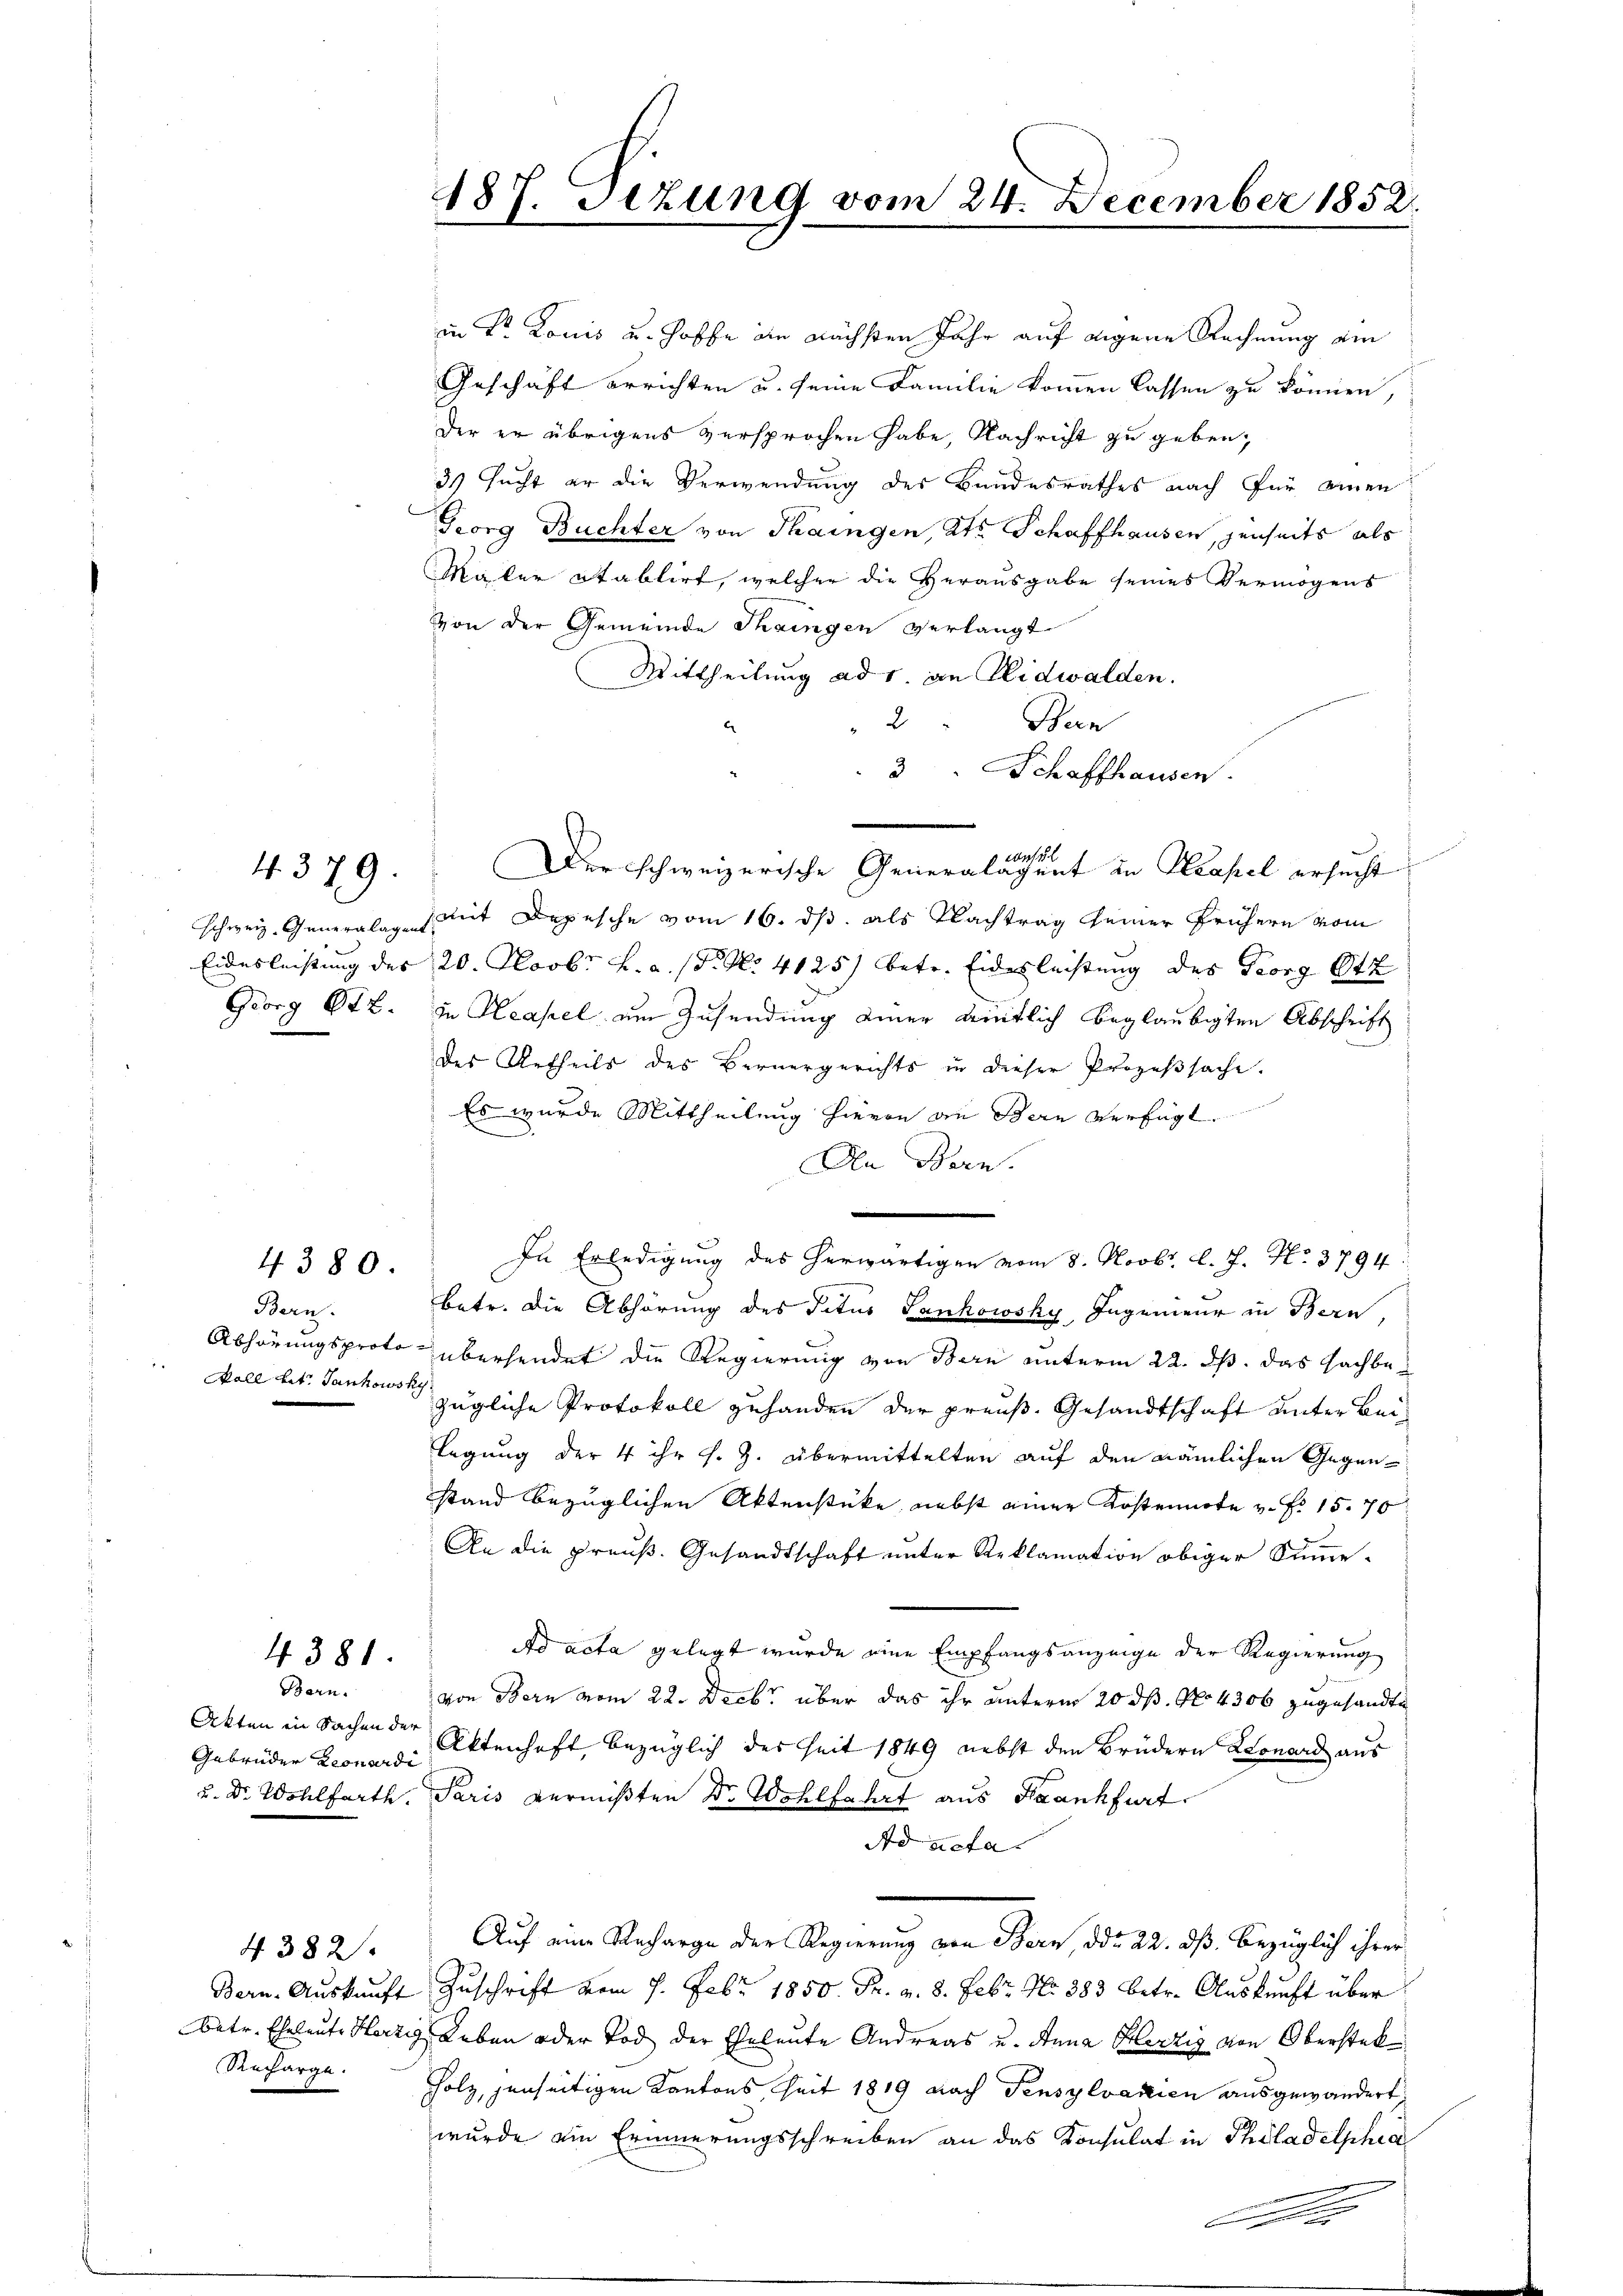
4. 379.

Eidesleistung des
Georg 672.

4380

4381.
Bern.

Gebrüder Leonardi
u. Dr. Wohlfarth.

Bern. Auskunft
Batr. Eheleute Herze

4. 382.

Bern.

487. Dezung vom 24. December 1852.

in Fr. Louis u. hoffe die nächsten Jahr auf eigene Rechnung ein
Geschäft errichten u. seine Familie kommen lassen zu können,
Der er übrigens versprochen habe, Nachricht zu geben,
3 sucht er die Verwendung des Bandesrathes nach für einen
Georg Buchter von Thaingen, Kts. Schaffhausen, jenseits als
Mater Stablirt, welcher die Herausgabe seines Vermögens
von der Gemeinde Thaingen verlangt
Mittheilung ad 1. an Nidwalden.
2
Bern
e
3 Schaffhausen.
Der schweizerische Generalächent in Decapel ersucht
schweiz. Generalagt mit Depesche vom 16. ds. als Nachtrag seiner frühern vom
20. Novbr. h. a. (N. N. 4125) betr. Eidesleistung des Georg Ot
in Neapel am Zusendung einer eintlich beglaubigten Abschrift
des Urtheils des Bernergerichts in dieser Prozeβsache.
Es wurde Mittheilung hievon an Bern verfügt.
An Bern.
betr. die Abhörung des datus Panhowsky, Ingenieur in Bern,
Abhörungsproto übersendet die Regierung von Bern unterm 22. ds. das Sachbe¬
Fall betr. Sankowschzügliche Protokoll zuhanden der preuß. Gesandtschaft unter Beilegung der 4 ihr s. Z. übermittelten auf den nämlichen Gegenstand bezüglichen Aktenstücke, nebst einer Kostennote v. Fr. 15. 70
An die preuß. Gesandtschaft unter Reklamation obiger Summe-
Ad acta gelegt wurde eine Empfangsanzeige der Regierung
von Bern vom 22. Decbr über das ihr unterm 20. ds. No. 4300 zugesandte
Akten in Sachen der Rittenhaft, bezüglich des Zeit 1849 nebst den Brüdern Leonard aus
Paris vermißten Dr. Wohlfahrt aus Krankfurt.
Ad acta.
Auf eine Recharge der Regierung von Bern, ddo 22. dß. bezüglich ihrer
Zuschrift vom 7. Febr. 1850. Fr. v. 8. Febr. No 883 betr. Auskunft über
Leben oder Tod der Eheleute Andreas u. Anna Herzig von Oberstek
Recharge. Holz, jenseitigen Kantons Zeit 1819 nach Fensylvanien ausgewändert,
wurde ein Erinnerungsschreiben an das Konsulat in Philadelphia
Au

In Erledigung des herwärtigen vom 8. Novbr. l. J. No. 3794